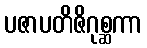
ပဇာပတိဇိဂုစ္ဆကာ